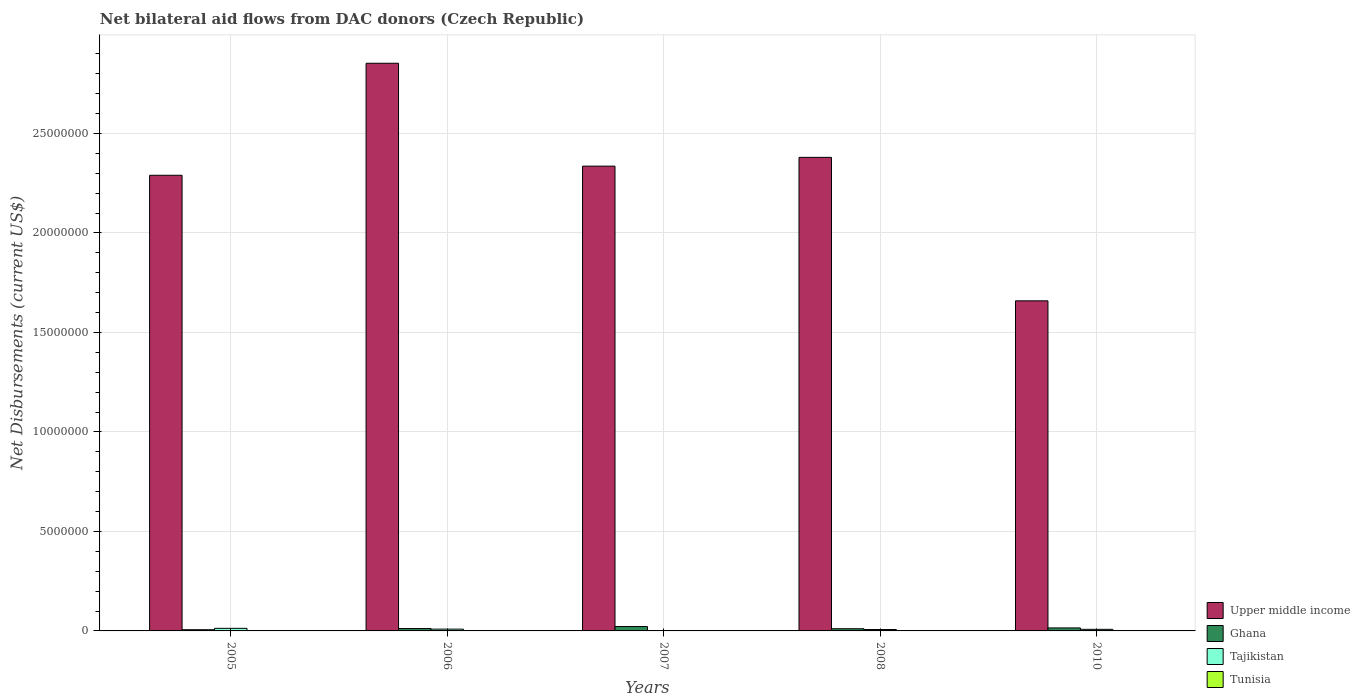
| Years | Upper middle income | Ghana | Tajikistan | Tunisia |
 | --- | --- | --- | --- | --- |
 | 2005 | 2.29e+07 | 6e+04 | 1.3e+05 | 1e+04 |
 | 2006 | 2.85e+07 | 1.2e+05 | 9e+04 | 2e+04 |
 | 2007 | 2.34e+07 | 2.2e+05 | 1e+04 | 1e+04 |
 | 2008 | 2.38e+07 | 1.1e+05 | 7e+04 | 1e+04 |
 | 2010 | 1.66e+07 | 1.5e+05 | 8e+04 | 2e+04 |